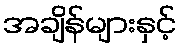
အချိန်များနှင့်